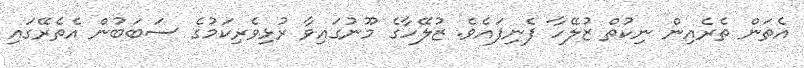
އެތަން ތެރެއިން ނިކުތް ޒުލޭހާ ފެނިފައެވެ. ޒުލޭހާގެ މޫނުގައިވާ ރުޅިވެރިކަމުގެ ސަބަބުން އެތެރޭގައި